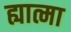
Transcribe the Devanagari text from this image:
ह्यात्मा